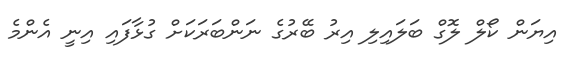
އިޔަން ކޯލް ލޮގް ބަލައިލި އިރު ބޭރުގެ ނަންބަރަކަށް ގުޅާފައި އިނީ އެންމެ